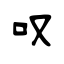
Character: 叹